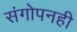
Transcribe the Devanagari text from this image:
संगोपनही